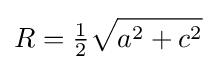
R={\tfrac {1}{2}}{\sqrt {a^{2}+c^{2}}}